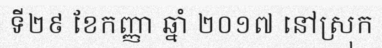
ទី២៩ ខែកញ្ញា ឆ្នាំ ២០១៧ នៅស្រុក